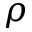
\rho